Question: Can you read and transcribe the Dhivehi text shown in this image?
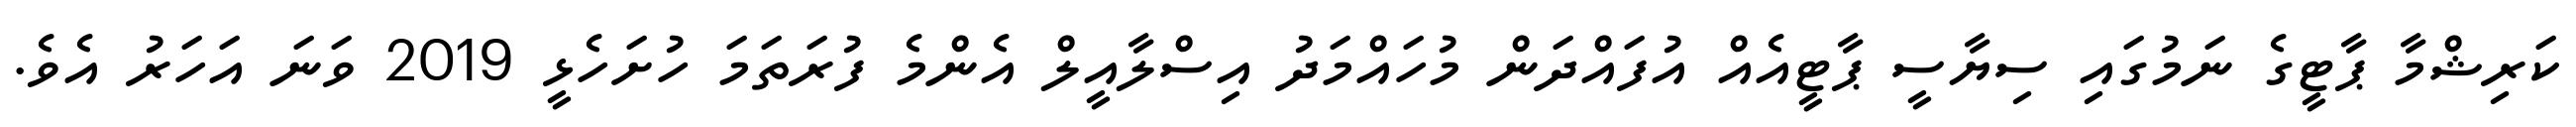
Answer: ކަރިޝްމާ ޕާޓީގެ ނަމުގައި ސިޔާސީ ޕާޓީއެއް އުފައްދަން މުހައްމަދު އިސްލާއީލް އެންމެ ފުރަތަމަ ހުށަހެޅީ 2019 ވަނަ އަހަރު އެވެ.